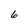
Character: 6